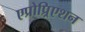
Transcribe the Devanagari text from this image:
एप्रोप्र्रिएशन